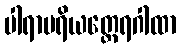
ပါရာပရိယတ္ထေရဂါထာ